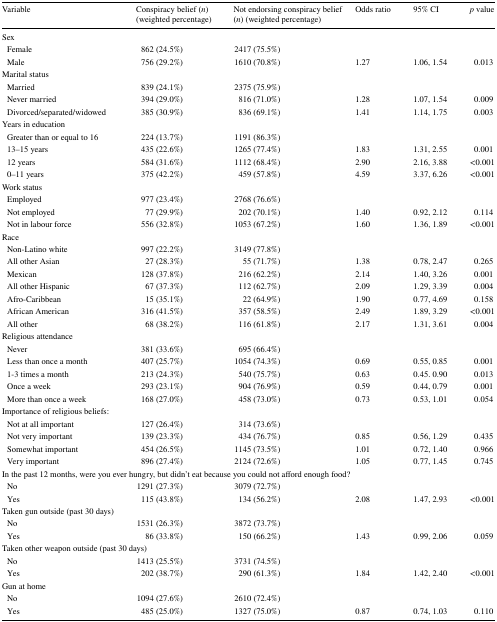
<table><thead><tr><td><b>Variable</b></td><td><b>Conspiracy belief (<i>n</i>) (weighted percentage)</b></td><td><b>Not endorsing conspiracy belief (<i>n</i>) (weighted percentage)</b></td><td><b>Odds ratio</b></td><td><b>95% CI</b></td><td><b><i>p</i> value</b></td></tr></thead><tbody><tr><td colspan="6">Sex</td></tr><tr><td> Female</td><td>862 (24.5%)</td><td>2417 (75.5%)</td><td></td><td></td><td></td></tr><tr><td> Male</td><td>756 (29.2%)</td><td>1610 (70.8%)</td><td>1.27</td><td>1.06, 1.54</td><td>0.013</td></tr><tr><td colspan="6">Marital status</td></tr><tr><td> Married</td><td>839 (24.1%)</td><td>2375 (75.9%)</td><td></td><td></td><td></td></tr><tr><td> Never married</td><td>394 (29.0%)</td><td>816 (71.0%)</td><td>1.28</td><td>1.07, 1.54</td><td>0.009</td></tr><tr><td> Divorced/separated/widowed</td><td>385 (30.9%)</td><td>836 (69.1%)</td><td>1.41</td><td>1.14, 1.75</td><td>0.003</td></tr><tr><td colspan="6">Years in education</td></tr><tr><td> Greater than or equal to 16</td><td>224 (13.7%)</td><td>1191 (86.3%)</td><td></td><td></td><td></td></tr><tr><td> 13–15 years</td><td>435 (22.6%)</td><td>1265 (77.4%)</td><td>1.83</td><td>1.31, 2.55</td><td>0.001</td></tr><tr><td> 12 years</td><td>584 (31.6%)</td><td>1112 (68.4%)</td><td>2.90</td><td>2.16, 3.88</td><td>&lt;0.001</td></tr><tr><td> 0–11 years</td><td>375 (42.2%)</td><td>459 (57.8%)</td><td>4.59</td><td>3.37, 6.26</td><td>&lt;0.001</td></tr><tr><td colspan="6">Work status</td></tr><tr><td> Employed</td><td>977 (23.4%)</td><td>2768 (76.6%)</td><td></td><td></td><td></td></tr><tr><td> Not employed</td><td>77 (29.9%)</td><td>202 (70.1%)</td><td>1.40</td><td>0.92, 2.12</td><td>0.114</td></tr><tr><td> Not in labour force</td><td>556 (32.8%)</td><td>1053 (67.2%)</td><td>1.60</td><td>1.36, 1.89</td><td>&lt;0.001</td></tr><tr><td colspan="6">Race</td></tr><tr><td> Non-Latino white</td><td>997 (22.2%)</td><td>3149 (77.8%)</td><td></td><td></td><td></td></tr><tr><td> All other Asian</td><td>27 (28.3%)</td><td>55 (71.7%)</td><td>1.38</td><td>0.78, 2.47</td><td>0.265</td></tr><tr><td> Mexican</td><td>128 (37.8%)</td><td>216 (62.2%)</td><td>2.14</td><td>1.40, 3.26</td><td>0.001</td></tr><tr><td> All other Hispanic</td><td>67 (37.3%)</td><td>112 (62.7%)</td><td>2.09</td><td>1.29, 3.39</td><td>0.004</td></tr><tr><td> Afro-Caribbean</td><td>15 (35.1%)</td><td>22 (64.9%)</td><td>1.90</td><td>0.77, 4.69</td><td>0.158</td></tr><tr><td> African American</td><td>316 (41.5%)</td><td>357 (58.5%)</td><td>2.49</td><td>1.89, 3.29</td><td>&lt;0.001</td></tr><tr><td> All other</td><td>68 (38.2%)</td><td>116 (61.8%)</td><td>2.17</td><td>1.31, 3.61</td><td>0.004</td></tr><tr><td colspan="6">Religious attendance</td></tr><tr><td> Never</td><td>381 (33.6%)</td><td>695 (66.4%)</td><td></td><td></td><td></td></tr><tr><td> Less than once a month</td><td>407 (25.7%)</td><td>1054 (74.3%)</td><td>0.69</td><td>0.55, 0.85</td><td>0.001</td></tr><tr><td> 1-3 times a month</td><td>213 (24.3%)</td><td>540 (75.7%)</td><td>0.63</td><td>0.45. 0.90</td><td>0.013</td></tr><tr><td> Once a week</td><td>293 (23.1%)</td><td>904 (76.9%)</td><td>0.59</td><td>0.44, 0.79</td><td>0.001</td></tr><tr><td> More than once a week</td><td>168 (27.0%)</td><td>458 (73.0%)</td><td>0.73</td><td>0.53, 1.01</td><td>0.054</td></tr><tr><td colspan="6">Importance of religious beliefs:</td></tr><tr><td> Not at all important</td><td>127 (26.4%)</td><td>314 (73.6%)</td><td></td><td></td><td></td></tr><tr><td> Not very important</td><td>139 (23.3%)</td><td>434 (76.7%)</td><td>0.85</td><td>0.56, 1.29</td><td>0.435</td></tr><tr><td> Somewhat important</td><td>454 (26.5%)</td><td>1145 (73.5%)</td><td>1.01</td><td>0.72, 1.40</td><td>0.966</td></tr><tr><td> Very important</td><td>896 (27.4%)</td><td>2124 (72.6%)</td><td>1.05</td><td>0.77, 1.45</td><td>0.745</td></tr><tr><td colspan="6">In the past 12 months, were you ever hungry, but didn’t eat because you could not afford enough food?</td></tr><tr><td> No</td><td>1291 (27.3%)</td><td>3079 (72.7%)</td><td></td><td></td><td></td></tr><tr><td> Yes</td><td>115 (43.8%)</td><td>134 (56.2%)</td><td>2.08</td><td>1.47, 2.93</td><td>&lt;0.001</td></tr><tr><td>Taken gun outside (past 30 days)</td><td></td><td></td><td></td><td></td><td></td></tr><tr><td> No</td><td>1531 (26.3%)</td><td>3872 (73.7%)</td><td></td><td></td><td></td></tr><tr><td> Yes</td><td>86 (33.8%)</td><td>150 (66.2%)</td><td>1.43</td><td>0.99, 2.06</td><td>0.059</td></tr><tr><td colspan="6">Taken other weapon outside (past 30 days)</td></tr><tr><td> No</td><td>1413 (25.5%)</td><td>3731 (74.5%)</td><td></td><td></td><td></td></tr><tr><td> Yes</td><td>202 (38.7%)</td><td>290 (61.3%)</td><td>1.84</td><td>1.42, 2.40</td><td>&lt;0.001</td></tr><tr><td colspan="6">Gun at home</td></tr><tr><td> No</td><td>1094 (27.6%)</td><td>2610 (72.4%)</td><td></td><td></td><td></td></tr><tr><td> Yes</td><td>485 (25.0%)</td><td>1327 (75.0%)</td><td>0.87</td><td>0.74, 1.03</td><td>0.110</td></tr></tbody></table>